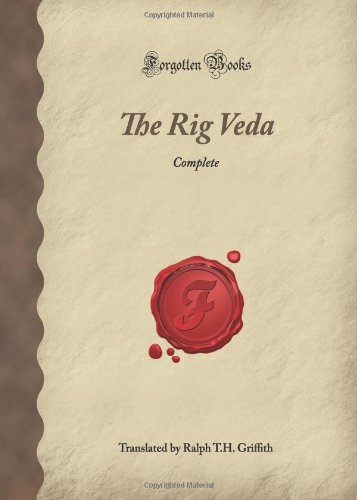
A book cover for The Rig Veda: Complete (Forgotten Books); History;